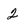
Character: 2